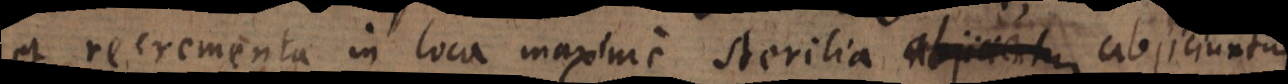
et recrementa in loca maxime sterilia abjiciuntur.